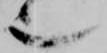
也